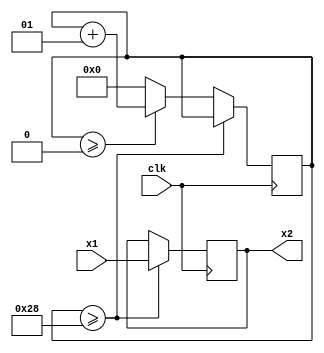
module delay_3(
input [11:0]x1,
input clk,
output reg[11:0]x2
);
integer i; 


always@(posedge(clk))
begin 
        if( i >= 7'b0101000)
        begin   
                x2 <= x1;
        end
        else 
            if( i >= 0)
                i <= i+1;
            else
                i <=0;

end

endmodule